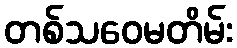
တစ်သဝေမတိမ်း